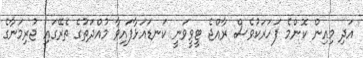
އަދި މިއިން ކޮންމެ ފަހަރަކުވެސް ރާއްޖެ ޓީވީވަނީ ކަނޑައަޅާފައިވާ މުއްދަތުގެ ތެރޭގައި ޖުރިމަނާގެ